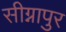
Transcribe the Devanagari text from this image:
सीग्नापुर